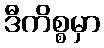
ဒီကိစ္စမှာ